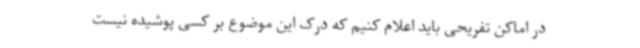
در اماکن تفریحی باید اعلام کنیم که درک این موضوع بر کسی پوشیده نیست